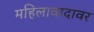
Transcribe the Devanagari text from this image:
महिलावादावर